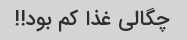
چگالی غذا کم بود!!